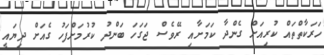
ހަރަކާތްތައް ކުރިއަށް ގެންދާ ކަމަށާއި ރޭވެސް ޖަގަހަ ބަންދު ކުރުމަށްފަހު ގެއަށް ދިޔައީ